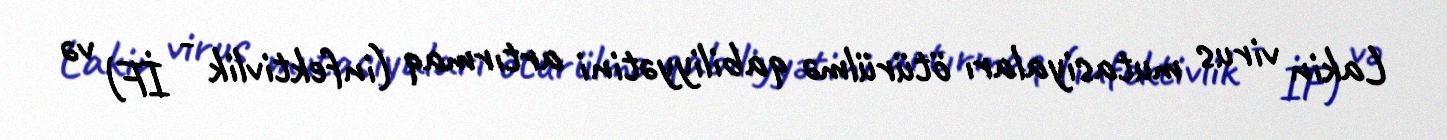
Lakin virus mutasiyaları ötürülmə qabiliyyətini artırmaq (infektivlik - İF) və